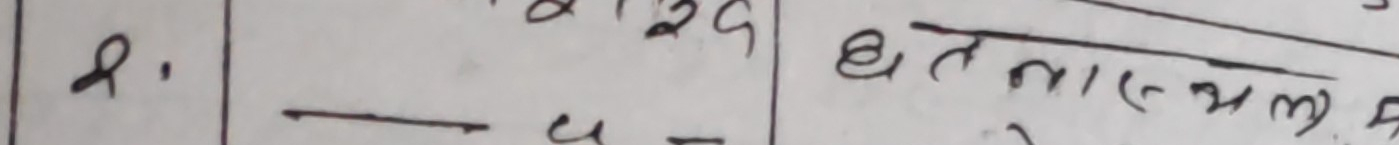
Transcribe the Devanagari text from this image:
२. धता (२५) हु।